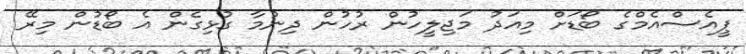
ޕީއެސްއެމްގެ ބޯޑަށް މިއަދު މަޖިލީހުން ރުހުން ދިނުމާ ގުޅިގެން އެ ބޯޑުން މިރޭ